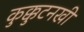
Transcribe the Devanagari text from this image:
कुक्कुटनखी